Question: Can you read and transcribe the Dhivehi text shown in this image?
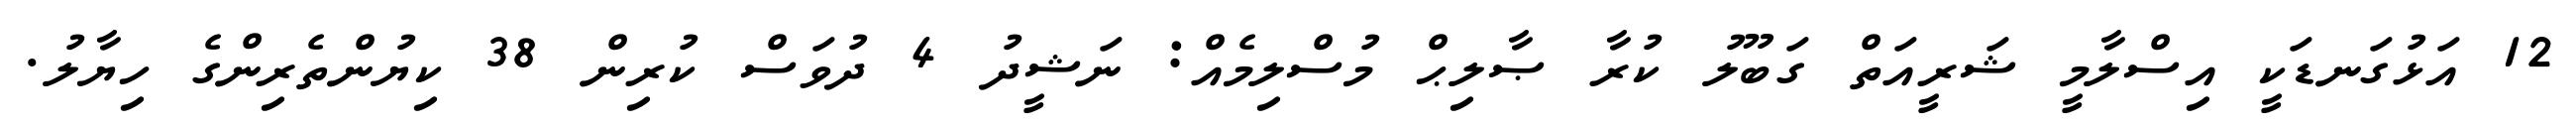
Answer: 12 އަޅުގަނޑަކީ އިސްލާމީ ޝަރީއަތް ގަބޫލު ކުރާ ޞާލިޙް މުސްލިމެއް: ނަޝީދު 4 ދުވަސް ކުރިން 38 ކިޔުންތެރިންގެ ހިޔާލު.